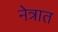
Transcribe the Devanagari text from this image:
नेत्रात